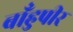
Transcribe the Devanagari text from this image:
बाँहुपीर